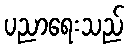
ပညာရေးသည်